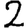
Digit: 2